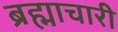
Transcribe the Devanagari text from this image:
ब्रह्माचारी